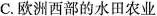
C.欧洲西部的水田农业